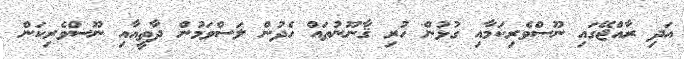
އަދި ރާއްޖޭގައި ނޫސްވެރިކަމާއި ގުޅުން ހުރި ޤާނޫނުތައް ހެދުން ލަސްވަމުން ދާތީއާއި ނޫސްވެރިކަން